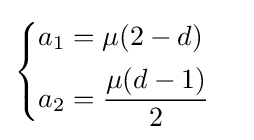
{\begin{cases}a_{1}=\mu (2-d)\\[4pt]a_{2}={\dfrac {\mu (d-1)}{2}}\end{cases}}